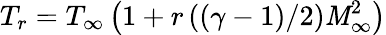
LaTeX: T_{r}=T_{\infty}\left(1+r\left(\left(\gamma-1\right)/2\right)\mathit{M}_{\infty}^{2}\right)